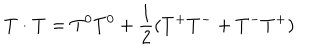
{ \bf T } \cdot { \bf T } = T ^ { 0 } T ^ { 0 } + \frac { 1 } { 2 } ( T ^ { + } T ^ { - } + T ^ { - } T ^ { + } )